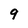
Character: 9